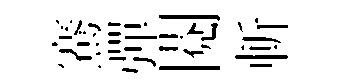
騫彈閱斬